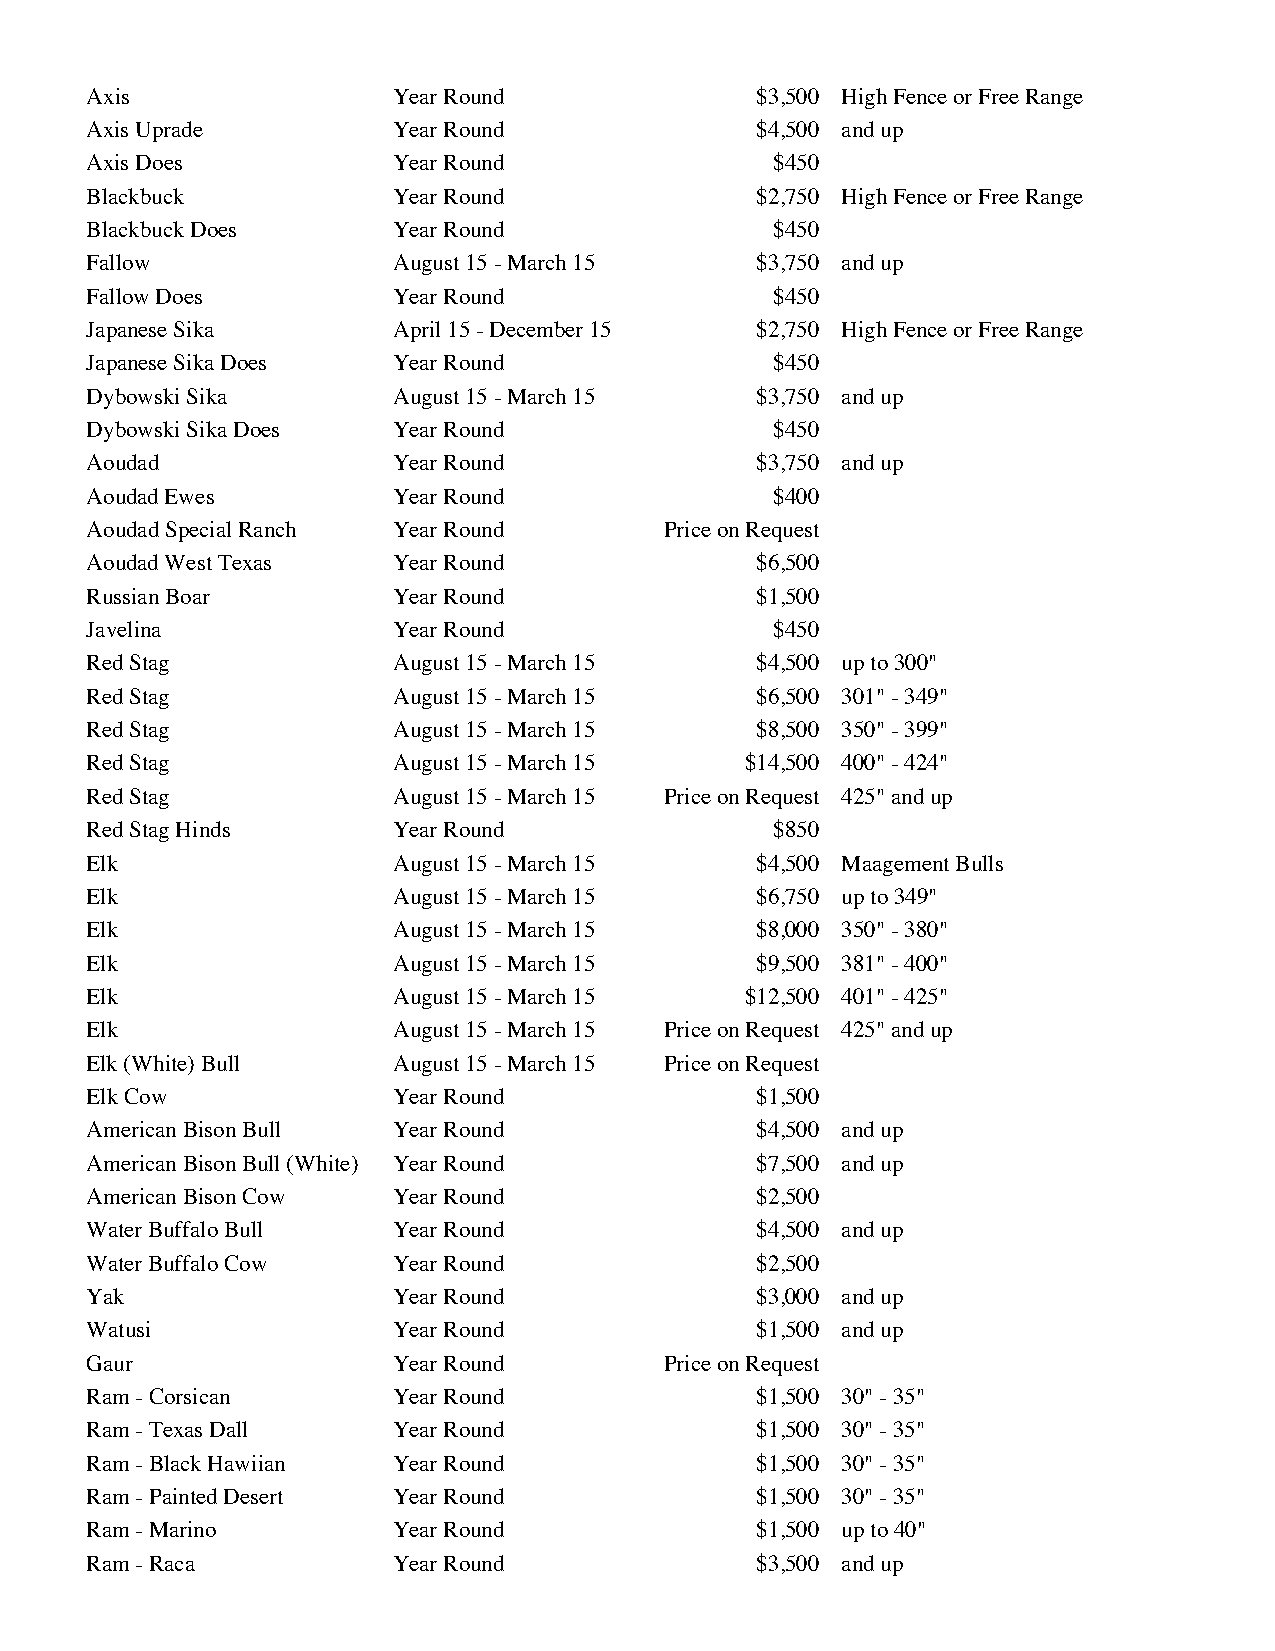
Axis                Year Round              $3,500 High Fence or Free Range
 Axis Uprade         Year Round              $4,500 and up
 Axis Does           Year Round               $450
 Blackbuck           Year Round              $2,750 High Fence or Free Range
 Blackbuck Does      Year Round               $450
 Fallow              August 15 - March 15    $3,750 and up
 Fallow Does         Year Round               $450
 Japanese Sika       April 15 - December 15  $2,750 High Fence or Free Range
 Japanese Sika Does  Year Round               $450
 Dybowski Sika       August 15 - March 15    $3,750 and up
 Dybowski Sika Does  Year Round               $450
 Aoudad              Year Round              $3,750 and up
 Aoudad Ewes         Year Round               $400
 Aoudad Special Ranch Year Round       Price on Request
 Aoudad West Texas   Year Round              $6,500
 Russian Boar        Year Round              $1,500
 Javelina            Year Round               $450
 Red Stag            August 15 - March 15    $4,500 up to 300"
 Red Stag            August 15 - March 15    $6,500 301" - 349"
 Red Stag            August 15 - March 15    $8,500 350" - 399"
 Red Stag            August 15 - March 15   $14,500 400" - 424"
 Red Stag            August 15 - March 15 Price on Request 425" and up
 Red Stag Hinds      Year Round               $850
 Elk                 August 15 - March 15    $4,500 Maagement Bulls
 Elk                 August 15 - March 15    $6,750 up to 349"
 Elk                 August 15 - March 15    $8,000 350" - 380"
 Elk                 August 15 - March 15    $9,500 381" - 400"
 Elk                 August 15 - March 15   $12,500 401" - 425"
 Elk                 August 15 - March 15 Price on Request 425" and up
 Elk (White) Bull    August 15 - March 15 Price on Request
 Elk Cow             Year Round              $1,500
 American Bison Bull Year Round              $4,500 and up
 American Bison Bull (White) Year Round      $7,500 and up
 American Bison Cow  Year Round              $2,500
 Water Buffalo Bull  Year Round              $4,500 and up
 Water Buffalo Cow   Year Round              $2,500
 Yak                 Year Round              $3,000 and up
 Watusi              Year Round              $1,500 and up
 Gaur                Year Round        Price on Request
 Ram - Corsican      Year Round              $1,500 30" - 35"
 Ram - Texas Dall    Year Round              $1,500 30" - 35"
 Ram - Black Hawiian Year Round              $1,500 30" - 35"
 Ram - Painted Desert Year Round             $1,500 30" - 35"
 Ram - Marino        Year Round              $1,500 up to 40"
 Ram - Raca          Year Round              $3,500 and up